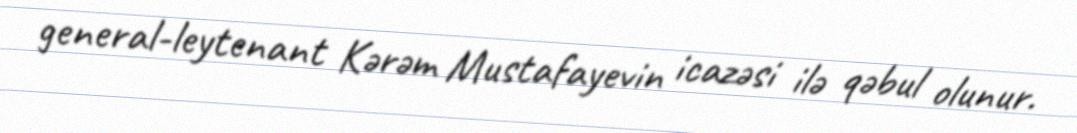
general-leytenant Kərəm Mustafayevin icazəsi ilə qəbul olunur.